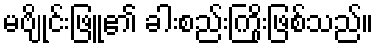
မဗျိုင်းဖြူ၏ ခါးစည်းကြိုးဖြစ်သည်။